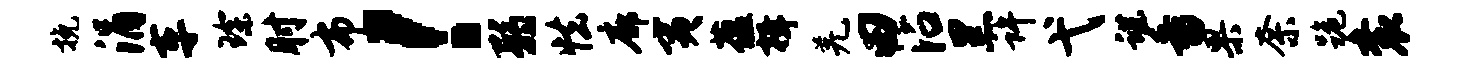
挽涓车琛肘布！弱怯廓夷蕴揖羌田沾黑许弋谌番果奈跪衮